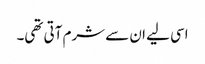
اسی لیے ان سے شرم آتی تھی۔